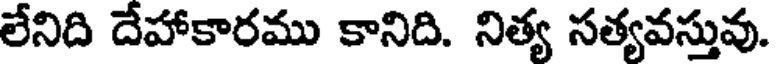
లేనిది దేహాకారము కానిది. నిత్య సత్యవస్తువు.